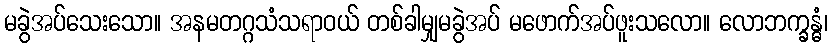
မခွဲအပ်သေးသော။ အနမတဂ္ဂသံသရာဝယ် တစ်ခါမျှမခွဲအပ် မဖောက်အပ်ဖူးသလော။ လောဘက္ခန္ဓံ၊